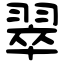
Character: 翠